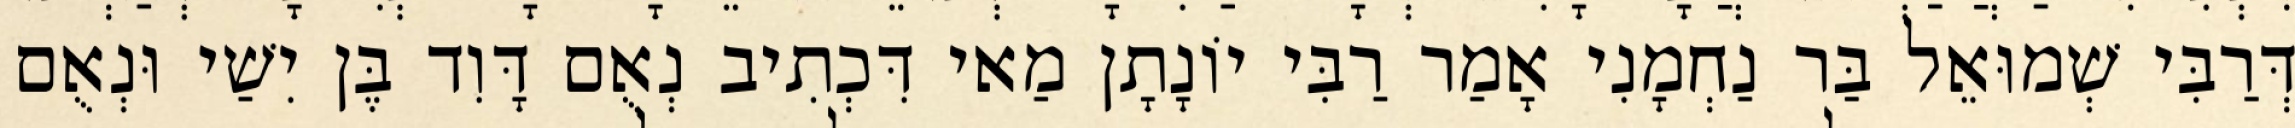
דְּרַבִּי שְׁמוּאֵל בַּר נַחְמָנִי אָמַר רַבִּי יוֹנָתָן מַאי דִּכְתִיב נְאֻם דָּוִד בֶּן יִשַׁי וּנְאֻם